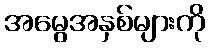
အမွေအနှစ်များကို